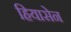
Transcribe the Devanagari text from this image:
हियासेन